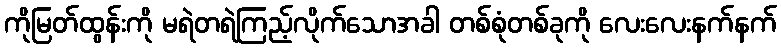
ကိုမြတ်ထွန်းကို မရဲတရဲကြည့်လိုက်သောအခါ တစ်စုံတစ်ခုကို လေးလေးနက်နက်